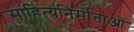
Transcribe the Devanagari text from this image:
साहित्यनिर्माताओं